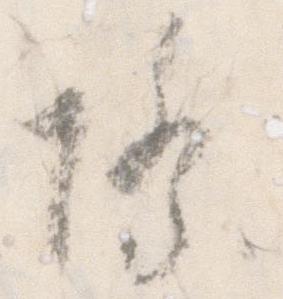
際